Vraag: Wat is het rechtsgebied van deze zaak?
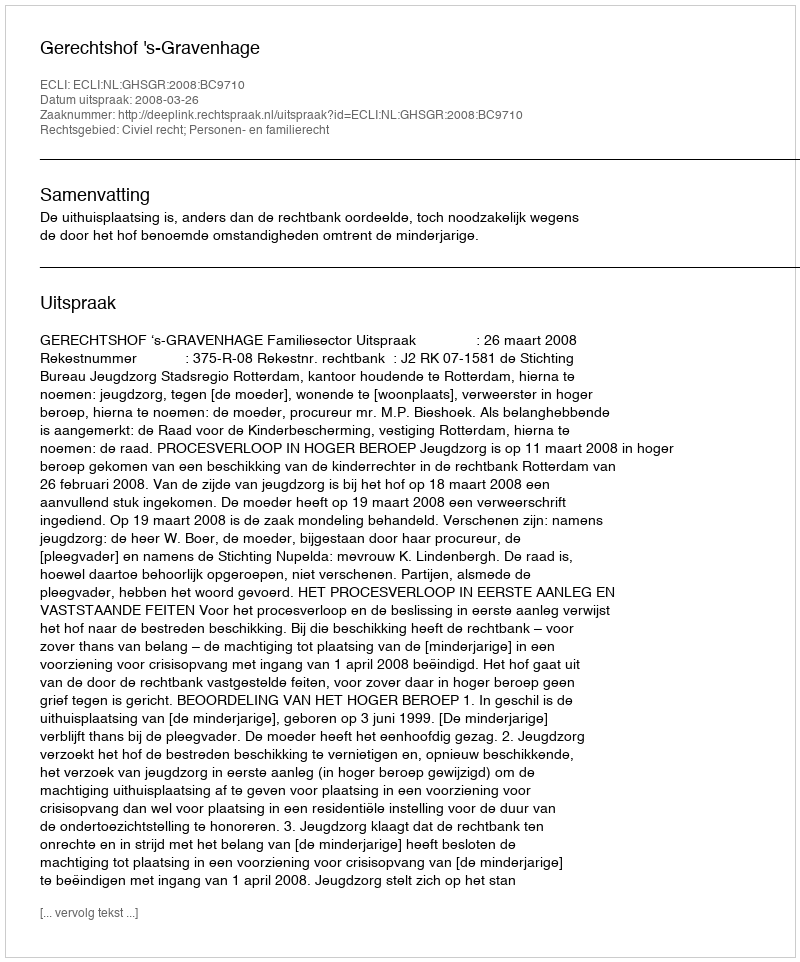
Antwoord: Civiel recht; Personen- en familierecht